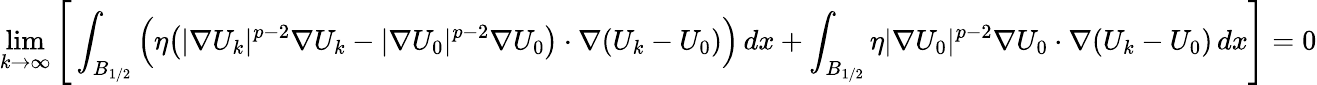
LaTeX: \operatorname*{lim}_{k\to\infty}\Bigg[\int_{B_{1/2}}\Big(\eta\big(|\nabla U_{k}|^{p-2}\nabla U_{k}-|\nabla U_{0}|^{p-2}\nabla U_{0}\big)\cdot\nabla(U_{k}-U_{0})\Big)\, dx+\int_{B_{1/2}}\eta|\nabla U_{0}|^{p-2}\nabla U_{0}\cdot\nabla(U_{k}-U_{0})\, dx\Bigg]=0